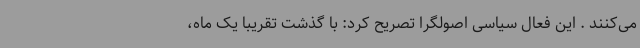
می‌کنند . این فعال سیاسی اصولگرا تصریح کرد: با گذشت تقریبا یک ماه،